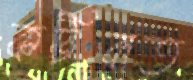
কটিবাত